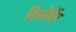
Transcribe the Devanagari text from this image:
दिसोर्देर